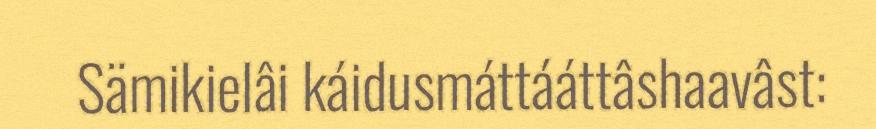
Sämikielâi káidusmáttááttâshaavâst: